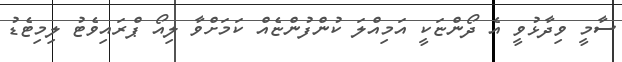
ސާމީ ވިދާޅުވީ އެ ދޯންޏަކީ އަމިއްލަ ކުންފުންޏެއް ކަމަށްވާ ލިއޯ ޕްރައިވެޓު ލިމިޓެޑު